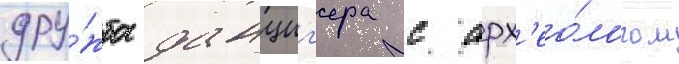
дру́жба данциг'ера с арх'ео́логом